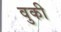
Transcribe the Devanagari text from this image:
वुकी